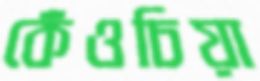
কেঁওচিয়া